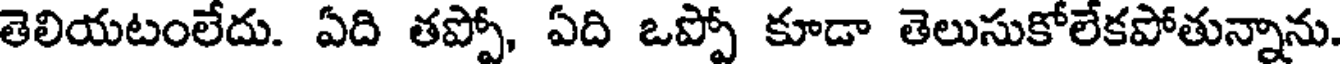
తెలియటంలేదు. ఏది తప్పో, ఏది ఒప్పో కూడా తెలుసుకోలేకపోతున్నాను.